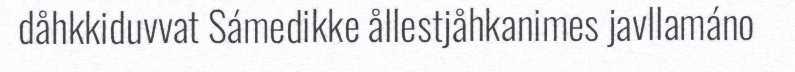
dåhkkiduvvat Sámedikke ållestjåhkanimes javllamáno